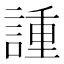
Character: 諥